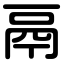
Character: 鬲